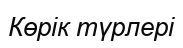
Көрік түрлері